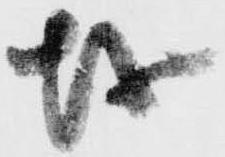
越